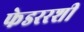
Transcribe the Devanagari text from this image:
फेडररशी